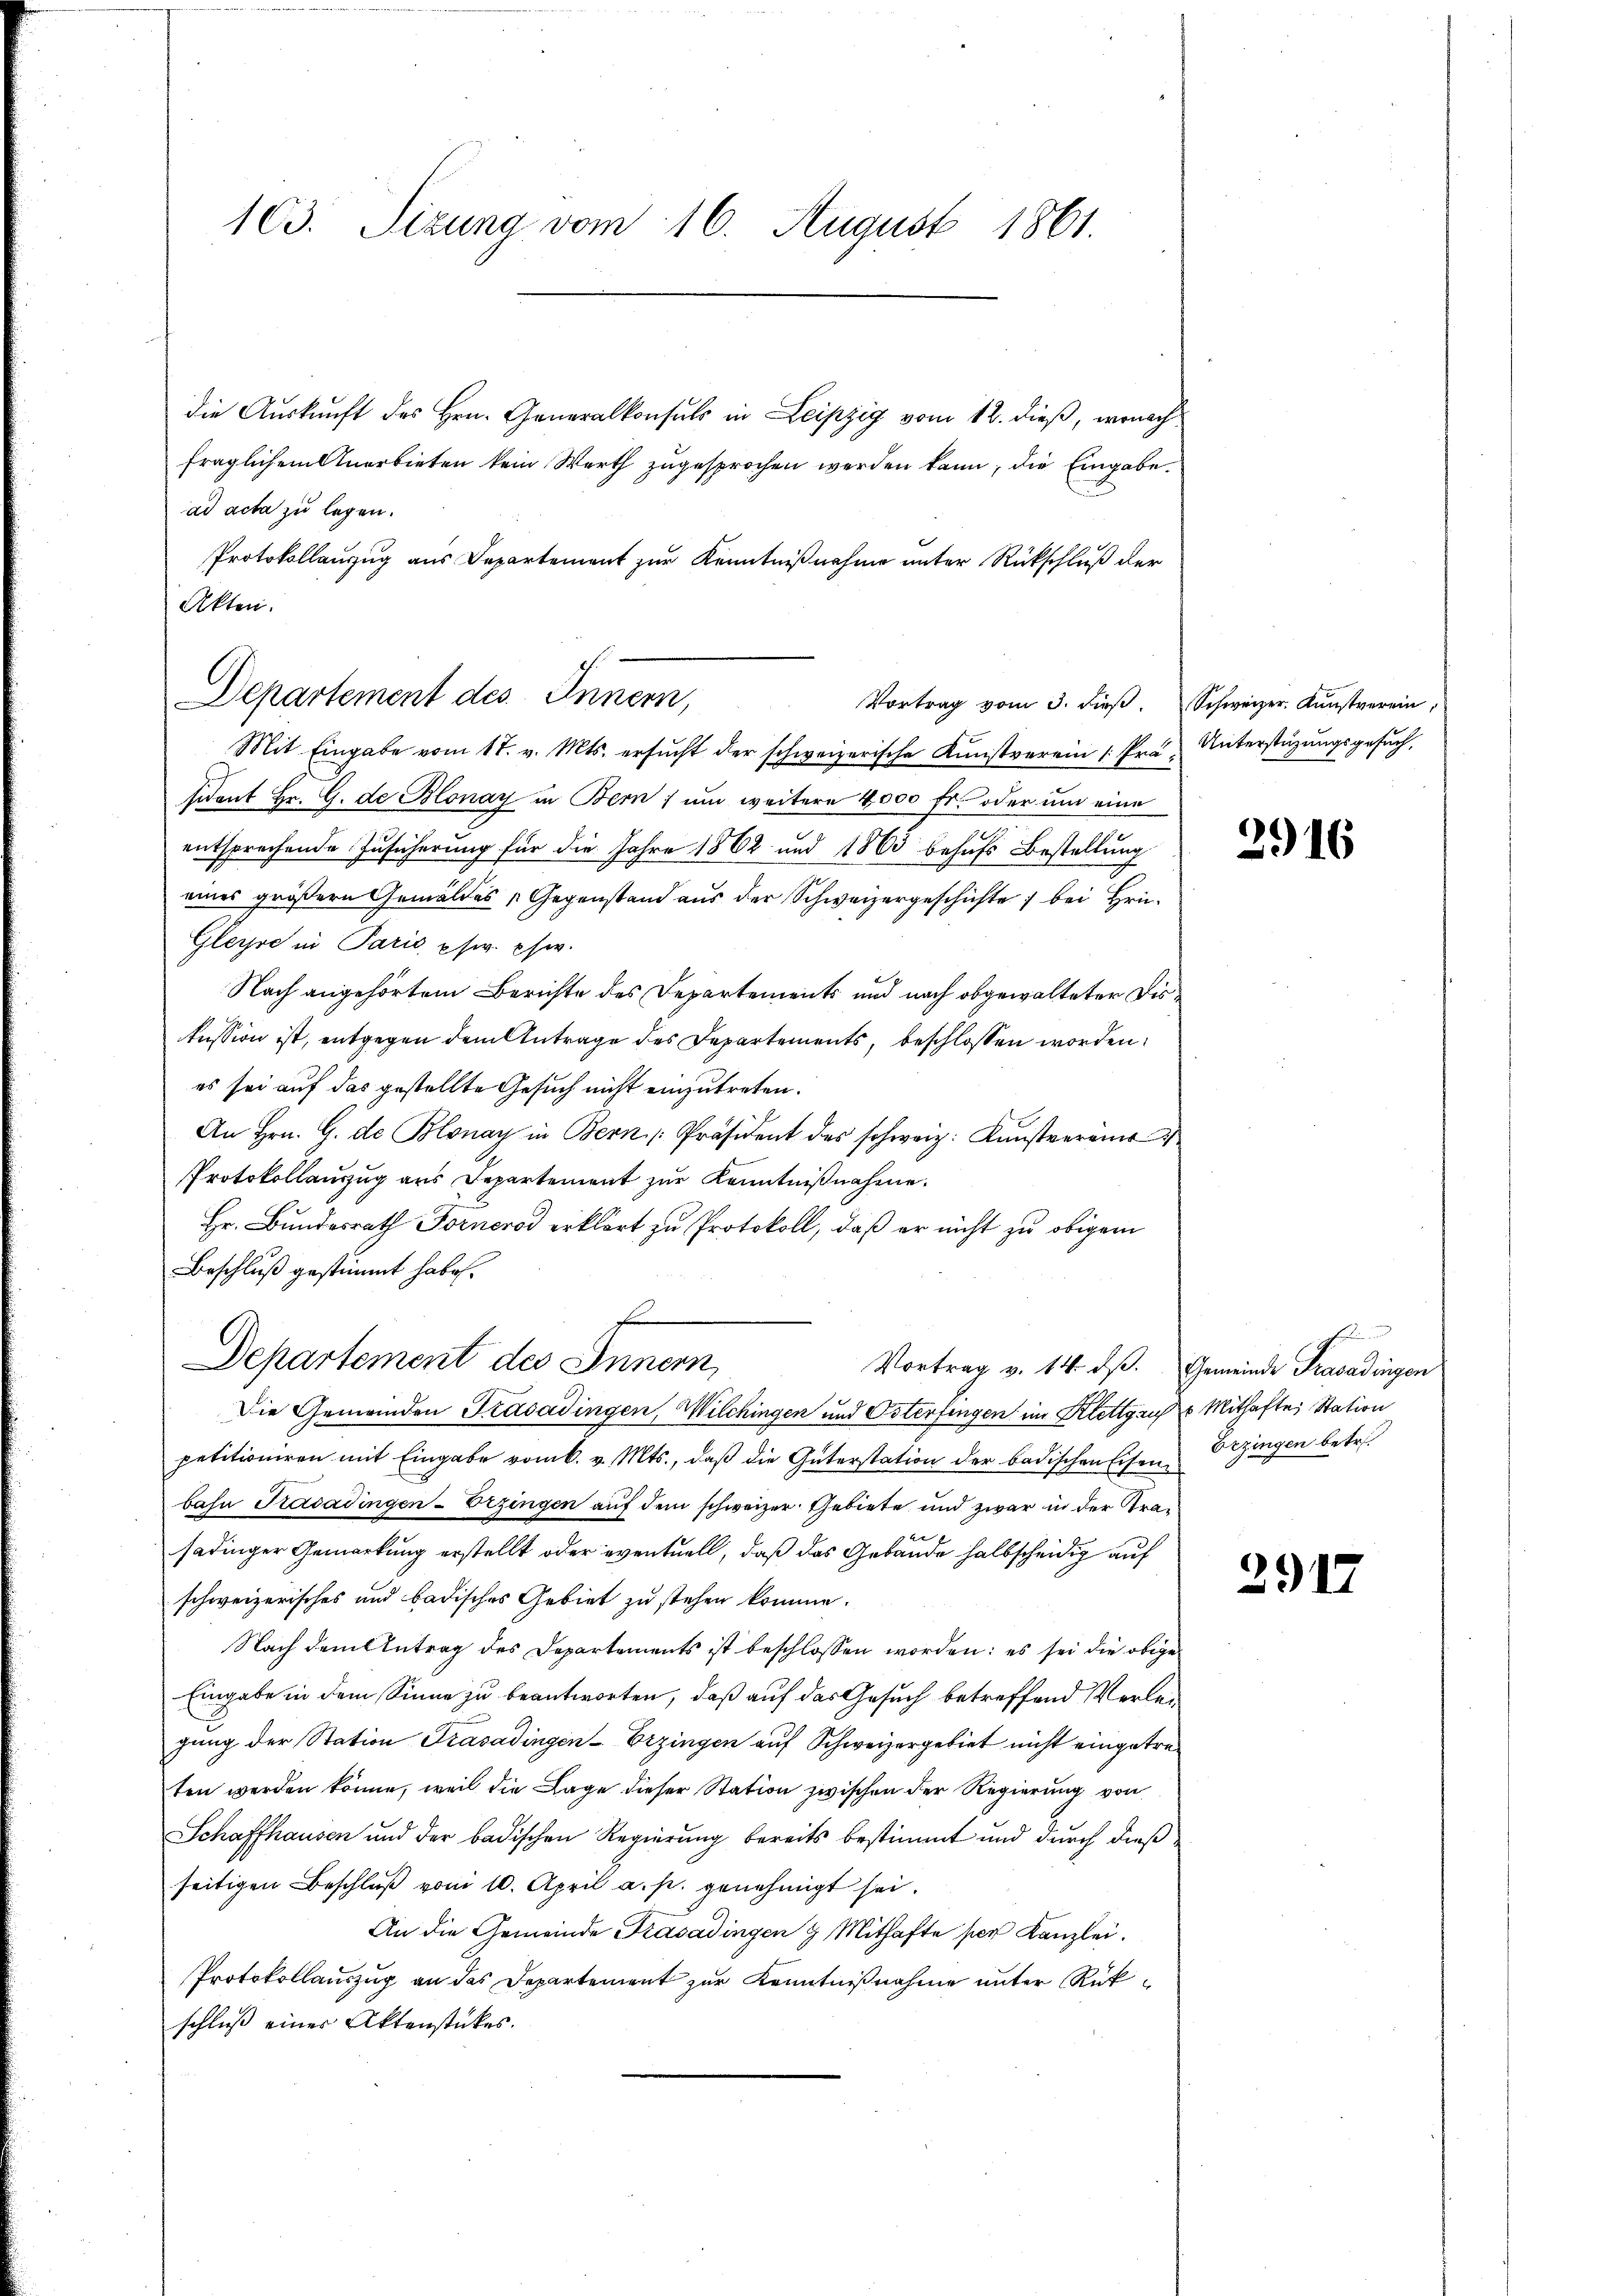
103. Sizung vom 16. August 1861.

die Auskunft des Hrn. Generalkonsuls in Leipzig vom 12. dieß, wonach
fraglichem Anerbieten kein Werth zugesprochen werden kann, die Eingabe
ad acta zu legen.
Protokollanzug aus Departement zur Kenntnißnahme unter Rückschluß der
Akten.

Departement des Innern,
Vortrag vom 3. dieβ.  Schweizer. Kŭnstverein,

Mit Eingabe vom 17. v. Mts. ersŭcht der schweizerische Kŭnstverein /: Prä- Unterstüzungsgesŭch,
sidant Hr. G. de Blonay in Bern, um weitere 4000 fr. oder um eine
entsprechende Zusicherung für die Jahre 1862 und 1863 behufs Bestellung
eines größern Gemäldes „Gegenstand aus der Schweizergeschichte; bei Hrn.
Gleise in Paris phw. phw.
Nach angehörtem Berichte des Departements und nach obgewalteter Diskussion ist, entgegen dem Antrage des Departements, beschlossen worden.
es sei auf das gestellte Gesuch nicht einzutreten.
An Hrn. G. de Blonay in Bern [Präsident des schweiz. Kunstveräus
Protokollauszug aus Departement zur Kenntnißnahme.
Hr. Bundesrath Fornerod erklärt zu Protokoll, daß er nicht zu obigem
Beschluß gestimmt habe.
petitioniren mit Eingabe vom k. v. Mts., daß die Güterstation der badischen Eisen Bezingen betr.
bahn Trasadingen-Erzingen auf dem schweizer Gebiete und zwar in der Gra¬
42 x
sadinger Gemerkung erstellt oder eventuell, daß das Gebäude halbscheidig auf
schweizerisches und badisches Gebiet zu stehen komme.
Nach dem Antrag des Departements ist beschlossen worden: es sei die obige
Eingabe in dem Sinne zu beantworten, daß auf das Gesuch betreffend Verlegung der Station Trasadingen-Erzingen auf Schweizergebiet nicht eingetreten werden könne, weil die Lage dieser Station zwischen der Regierung von
Schaffhausen und der badischen Regierung bereits bestimmt und durch dießseitigen Beschlŭβ vom 10. April a. p. genehmigt sei.
An die Gemeinde Krasadingen 9 Mithafte per Kanzlei.
Protokollauszug an das Departement zur Kenntnißnahme unter Rükschluß einer Aktenstückes.

Departement des Innern,
Die Gemeinden Trasadingen, Wilchingen und Osterfingen im Klettgruch Mithafte Station

Vortrag v. 14. dβ. Gemeinde Trasadingen

3916

E

2917